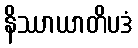
နိဿာယာတိပဒံ